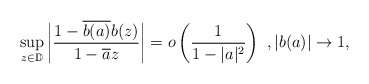
\begin{align*} \sup_{z\in \mathbb{D}}\bigg| \frac{1-\overline{b(a)}b(z)}{1-\overline{a}z}\bigg|=o\left( \frac{1}{1-|a|^2}\right)\ , |b(a)| \to 1,\end{align*}